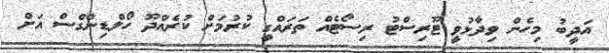
އަދީބު މިހެން ވިދާޅުވީ ޓޫރިސްޓު ރިސޯޓެއް ތަރައްގީ ކުރުމަށް ކުރެއްދޫ ހޯލްޑިންގްސް އަށް